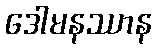
ဒေါမနဿာန